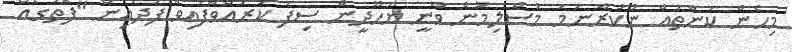
މިހެން ކަންތައް ނުކުރާނަމަ މުސްލިމުން ވާނީ ޔަހޫދީން ސިފަ ކުރައްވާފައިވާ ފަދައިން "ފޮތުގެއް